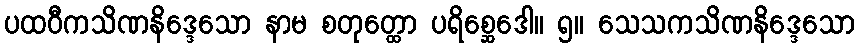
ပထဝီကသိဏနိဒ္ဒေသော နာမ စတုတ္ထော ပရိစ္ဆေဒေါ။ ၅။ သေသကသိဏနိဒ္ဒေသော